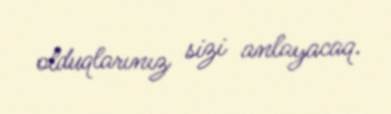
olduqlarınız sizi anlayacaq.